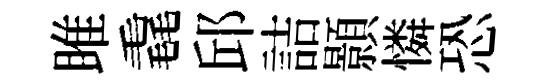
雎毳邱詰顥憐恐